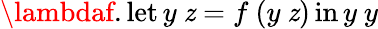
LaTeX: \lambdaf.\operatorname{let}y\ \mathit{z}=f\ (y\ \mathit{z})\operatorname{in}y\ y